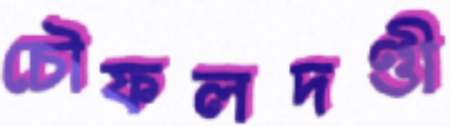
চৌফলদণ্ডী